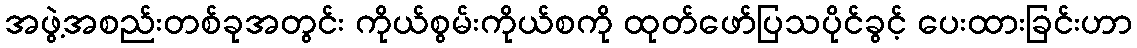
အဖွဲ့အစည်းတစ်ခုအတွင်း ကိုယ်စွမ်းကိုယ်စကို ထုတ်ဖော်ပြသပိုင်ခွင့် ပေးထားခြင်းဟာ